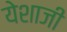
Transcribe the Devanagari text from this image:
येशाजी